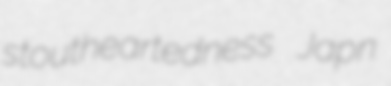
stoutheartedness Japn